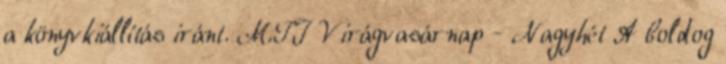
a könyvkiállítás iránt. MTI Virágvasárnap - Nagyhét A boldog